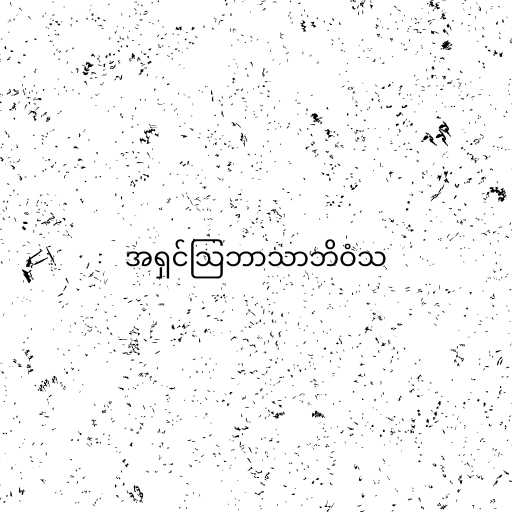
အရှင်သြဘာသာဘိဝံသ